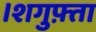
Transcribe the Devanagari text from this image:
।शगुफ़्ता